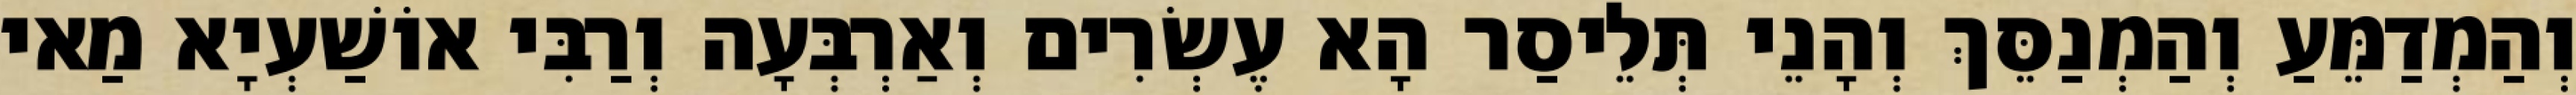
וְהַמְדַמֵּעַ וְהַמְנַסֵּךְ וְהָנֵי תְּלֵיסַר הָא עֶשְׂרִים וְאַרְבְּעָה וְרַבִּי אוֹשַׁעְיָא מַאי